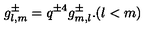
g _ { l , m } ^ { \pm } = q ^ { \pm 4 } g _ { m , l } ^ { \pm } . ( l < m )